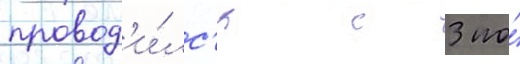
провод'и́лс'я с 3 по́